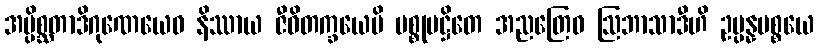
အပ္ပိစ္ဆတာဒိဂုဏေယေဝ နိဿာယ ဇီဝိတက္ခယေပိ ပစ္စုပဋ္ဌိတေ အညတြေဝ ဩဘာသာဒီဟိ ဥပ္ပန္နပစ္စယေ